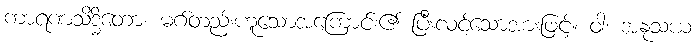
ကာရဏသိဒ္ဓိတော၊ မဂ်တည်းဟူသောအကြောင်း၏ ပြီးလင့်သောအားဖြင့်။ ဝါ၊ အနုသယ